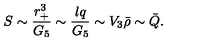
S \sim { \frac { r _ { + } ^ { 3 } } { G _ { 5 } } } \sim { \frac { l q } { G _ { 5 } } } \sim V _ { 3 } { \bar { \rho } } \sim { \bar { Q } } .